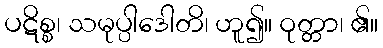
ပဋိစ္စ၊ သမုပ္ပါဒေါတိ၊ ဟူ၍။ ဝုတ္တာ၊ ၏။